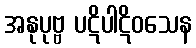
အနုပုဗ္ဗ ပဋိပါဋိဝသေန